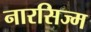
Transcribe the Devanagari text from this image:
नारसिज्म